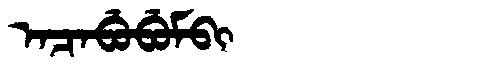
Manchu: ᠠᠴᠠᠪᡠᠪᡠᠮᠪᡳ
Romanization: ACABUBUMBI